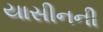
યાસીનની